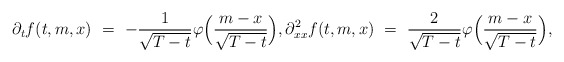
\begin{align*}\partial_t f(t,m,x) \ = \ - \frac{1}{\sqrt{T-t}} \varphi\Big(\frac{m-x}{\sqrt{T-t}}\Big), \partial_{xx}^2 f(t,m,x) \ = \ \frac{2}{\sqrt{T-t}} \varphi\Big(\frac{m-x}{\sqrt{T-t}}\Big),\end{align*}